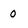
Character: o